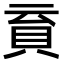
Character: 𧴳